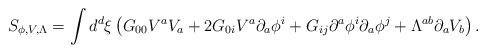
\begin{align*}S_{\phi ,V,\Lambda}=\int d^{d}\xi\left(G_{00}V^{a}V_{a}+2G_{0i}V^{a}\partial_{a}\phi^{i}+G_{ij}\partial^{a}\phi^{i}\partial_{a}\phi^{j}+\Lambda^{ab}\partial_{a}V_{b}\right).\end{align*}